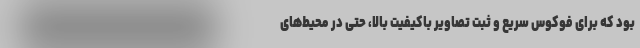
بود که برای فوکوس سریع و ثبت تصاویر باکیفیت بالا، حتی در محیط‌های